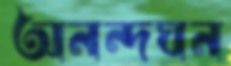
অনন্দঘন